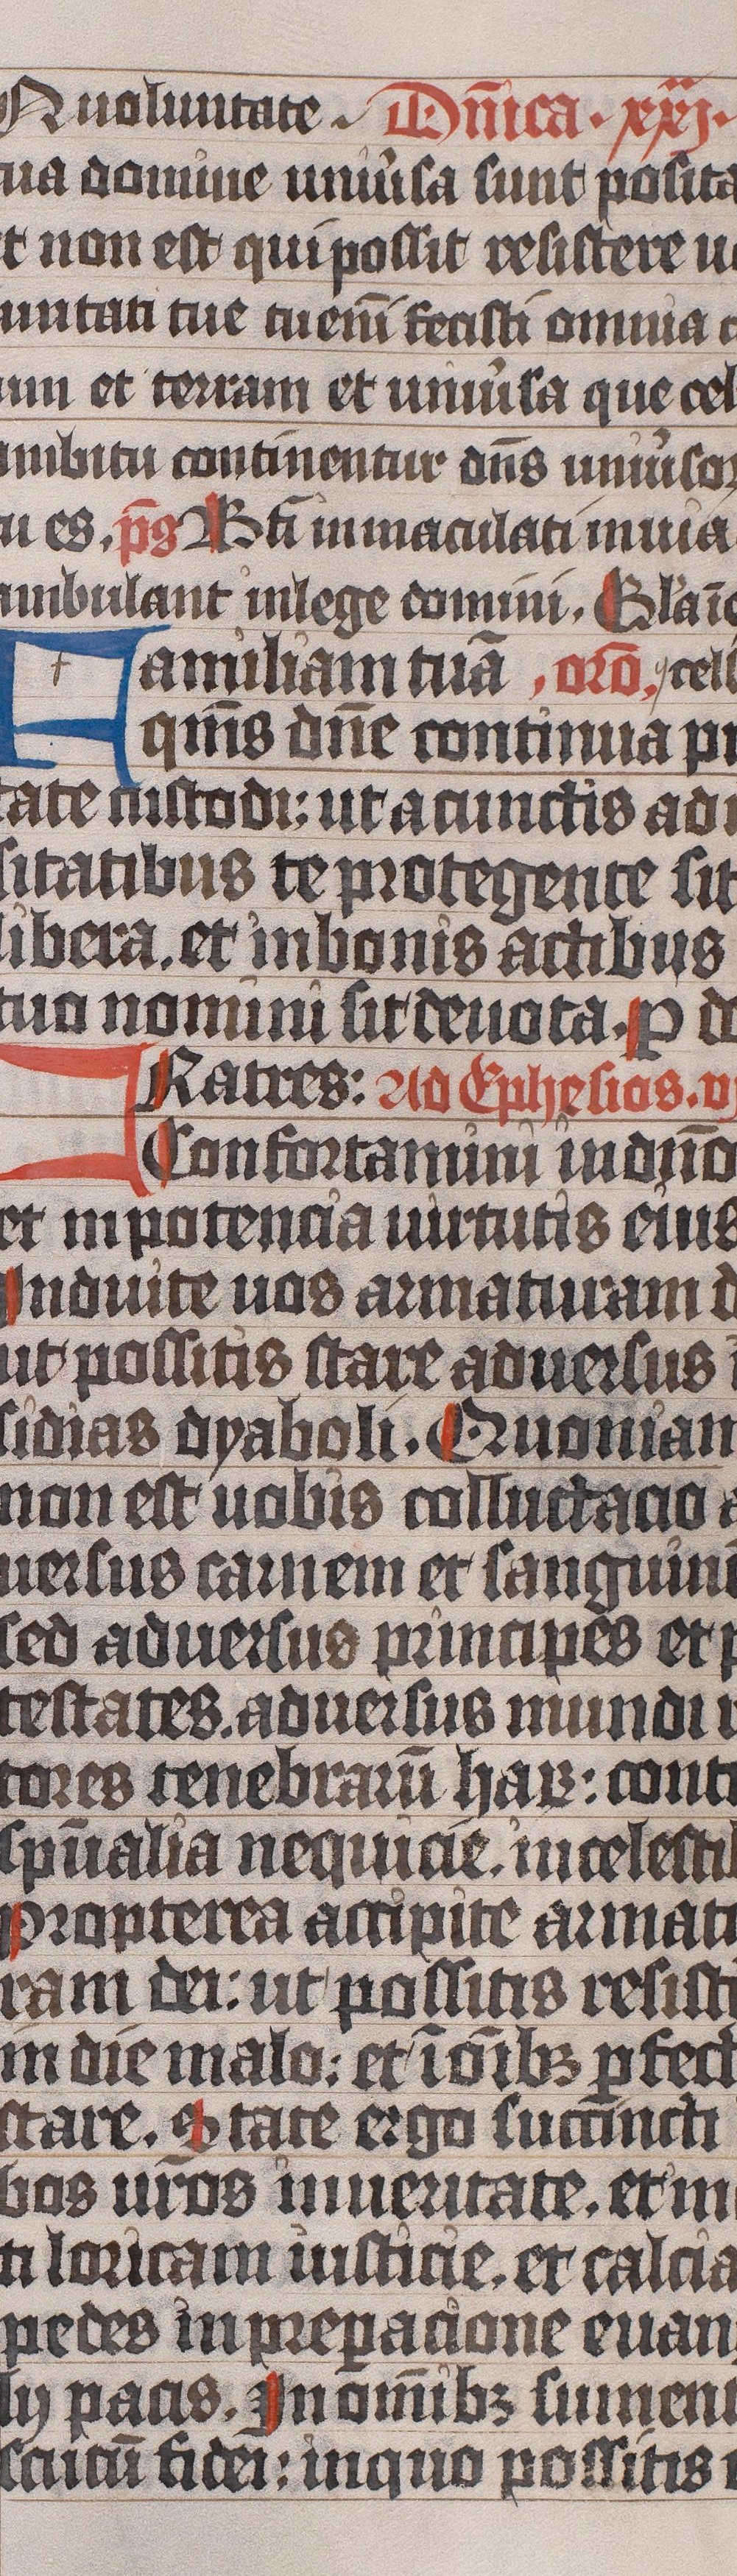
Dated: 1445–1475